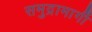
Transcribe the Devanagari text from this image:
समुद्रामार्गी